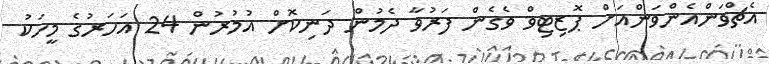
އެޗްވަންއެންވަންއަށް ޕޮޒިޓިވް ވެގެން ފަރުވާ ދެމުން ދަނިކޮށް އުމުރުން 24 އަހަރުގެ މީހަކު